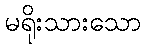
မရိုးသားသော